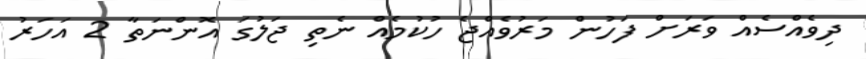
ދިވެއްސެއް ވަރަށް ފަހުން މަރުވެއްޖެ ހުކުމެއް ނެތި ޖަލުގަ އޮންނަތާ 2 އަހަރު